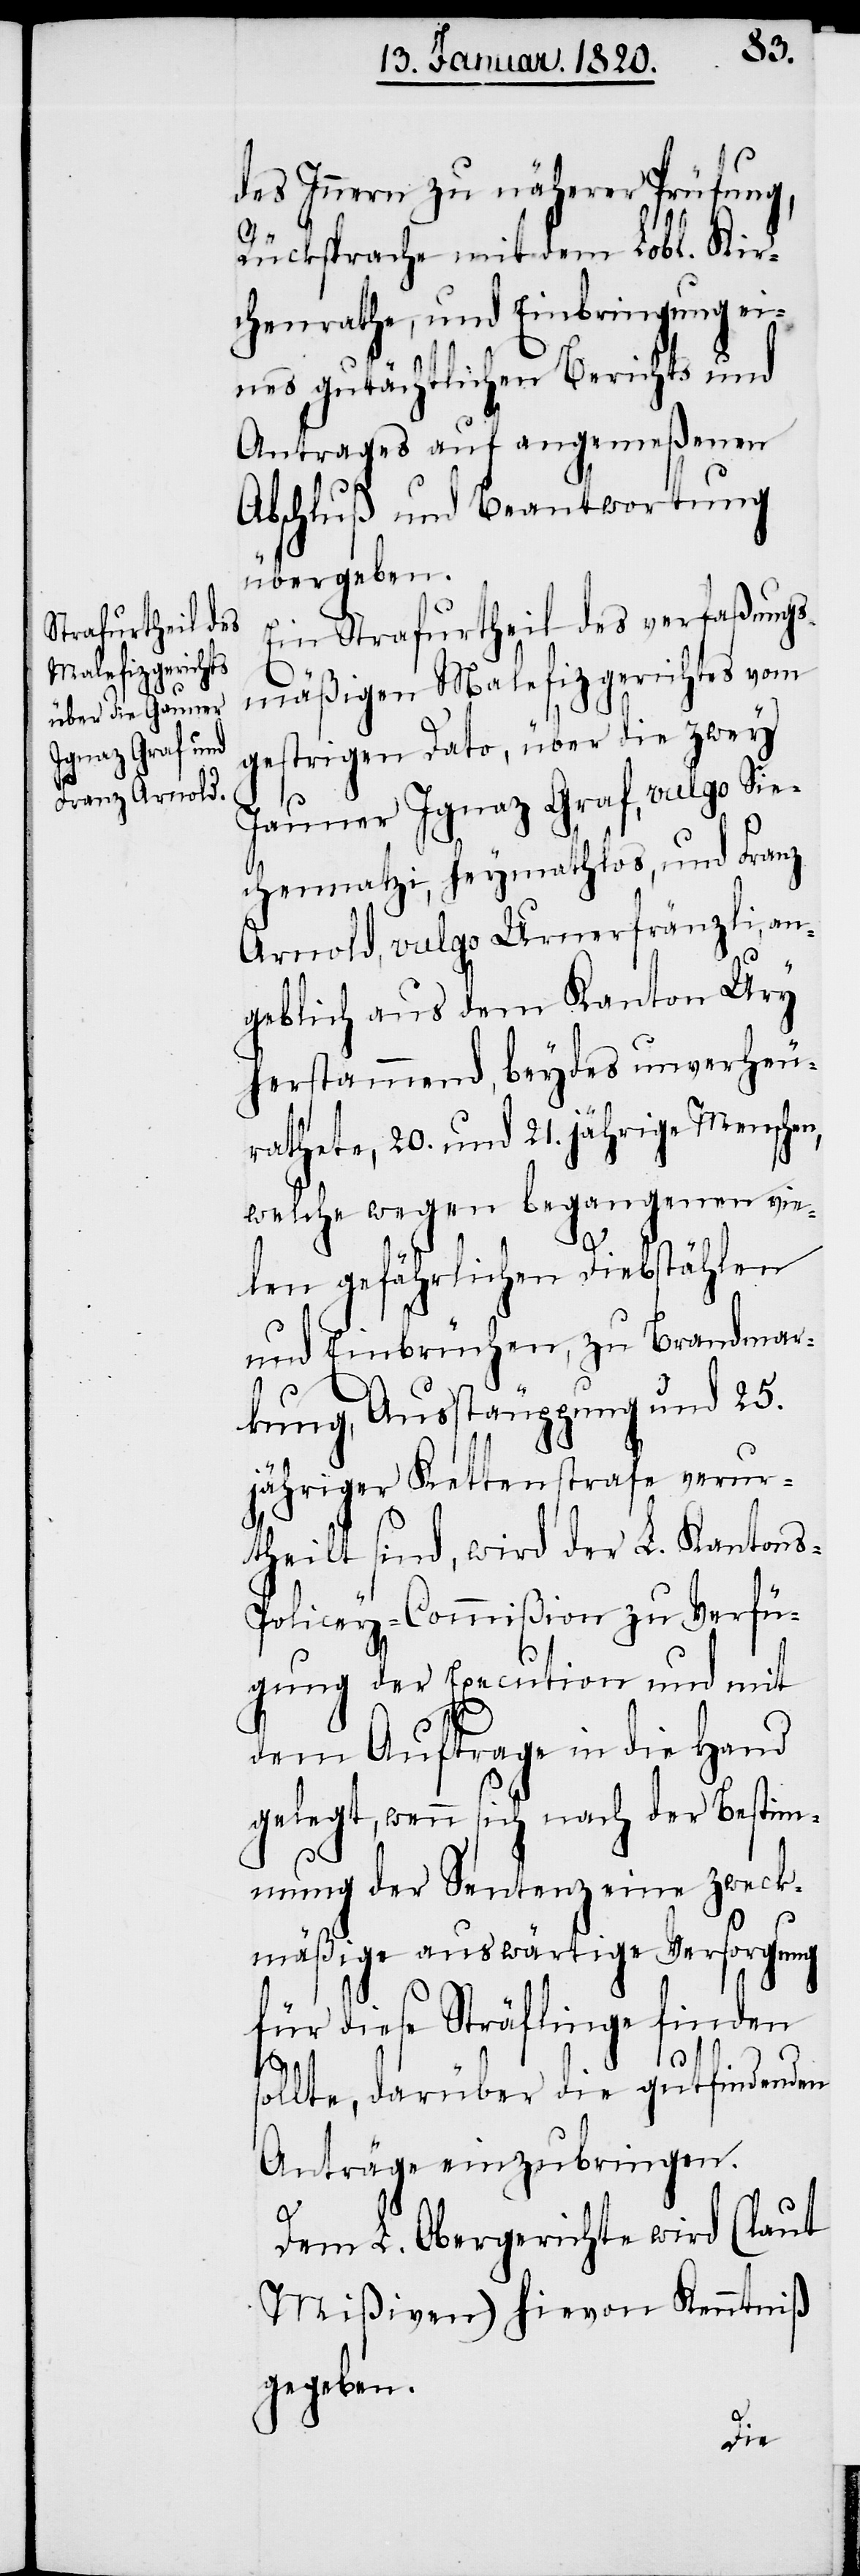
des Innern zu näherer Prüfung,
Rücksprache mit dem Lobl. Kir¬
chenrathe, und Einbringung ein¬
es gutächtlichen Berichts und
Antrages auf angemeßenen
Abschluß und Beantwortung
übergeben.
Ein Strafurtheil des verfaßungs¬
mäßigen Malefizgerichtes vom
gestrigen Dato, über die zwey
Jauner Ignaz Graf, vulgo Sie¬
chennatzi, heymathlos, und Franz
Arnold, vulgo Urnerfränzli, an¬
geblich aus dem Kanton Ury
herstammend, beydes unverheu¬
rathete, 20. und 21. jährige Menschen,
welche wegen begangenen vie¬
len gefährlichen Diebstählen
und Einbrüchen, zu Brandmar¬
kung, Ausstäuppung und 25.
jähriger Kettenstrafe verur¬
theilt sind, wird der L. Kanton¬
s-Policey-Commißion zu Verfü¬
gung der Execution und mit
dem Auftrage in die Hand
gelegt, wenn sich nach der Bestim¬
mung der Sentenz eine zweck¬
mäßige auswärtige Versorgung
für diese Sträflinge finden
sollte, darüber die gutfindenden
Anträge einzubringen.
Dem L. Obergerichte wird (laut
Mißiven) hievon Kenntniß
gegeben.